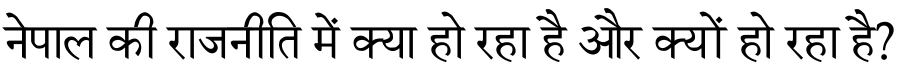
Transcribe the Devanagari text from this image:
नेपाल की राजनीति में क्या हो रहा है और क्यों हो रहा है?